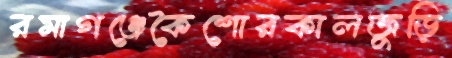
রমাগঞ্জেকৈশোরকালজুড়ি